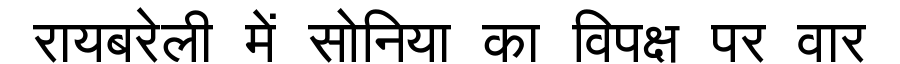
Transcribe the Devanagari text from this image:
रायबरेली में सोनिया का विपक्ष पर वार